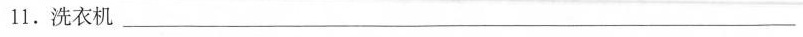
11.洗衣机